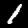
Digit: 1